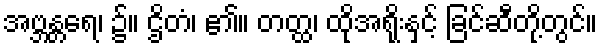
အဗ္ဘန္တရေ၊ ၌။ ဌိတံ၊ ၏။ တတ္ထ၊ ထိုအရိုးနှင့် ခြင်ဆီတို့တွင်။